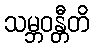
သမ္ဘဝန္တီတိ